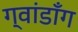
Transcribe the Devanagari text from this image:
ग्वांडॉंग